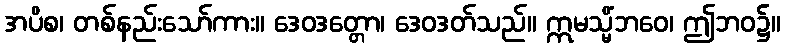
အပိစ၊ တစ်နည်းသော်ကား။ ဒေဝဒတ္တော၊ ဒေဝဒတ်သည်။ ဣမသ္မိံဘဝေ၊ ဤဘဝ၌။